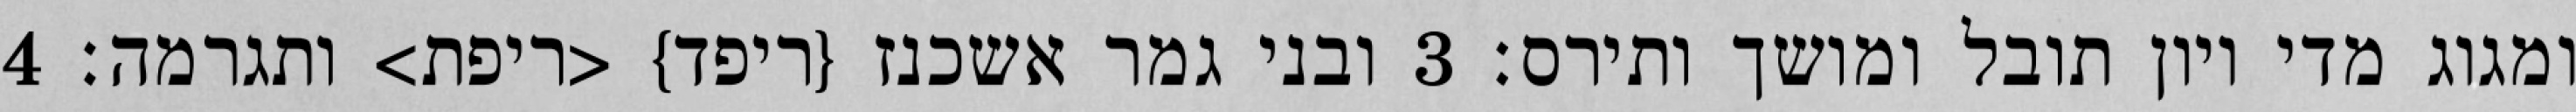
ומגוג מדי ויון תובל ומושך ותירס׃ ‎3‏ ובני גמר אשכנז {ריפד} <ריפת> ותגרמה׃ ‎4‏